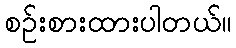
စဉ်းစားထားပါတယ်။